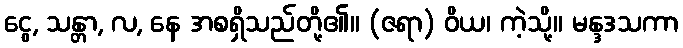
ငွေ, သန္တာ, လ, နေ အစရှိသည်တို့၏။ (ဇရာ) ဝိယ၊ ကဲ့သို့။ မန္ဒဒသကာ